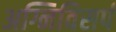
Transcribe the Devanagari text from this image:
अग्निविसर्प